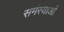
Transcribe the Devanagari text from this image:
समंस्याओं